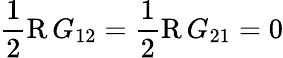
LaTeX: \frac{1}{2}\operatorname{R}G_{12}=\frac{1}{2}\operatorname{R}G_{21}=0